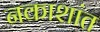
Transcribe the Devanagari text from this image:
नकाशांत